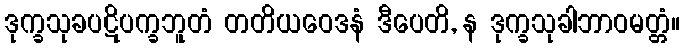
ဒုက္ခသုခပဋိပက္ခဘူတံ တတိယဝေဒနံ ဒီပေတိ, န ဒုက္ခသုခါဘာဝမတ္တံ။